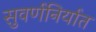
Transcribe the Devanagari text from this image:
सुवर्णनिर्यात